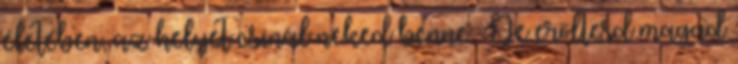
életében, az helyet csinál neked benne. Ne erőltesd magad